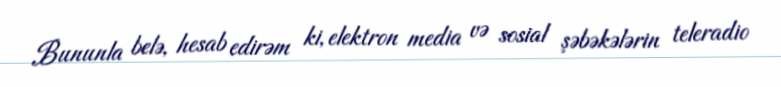
Bununla belə, hesab edirəm ki, elektron media və sosial şəbəkələrin teleradio